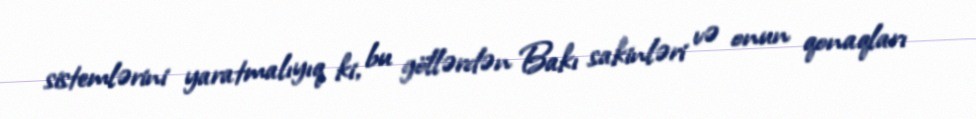
sistemlərini yaratmalıyıq ki, bu göllərdən Bakı sakinləri və onun qonaqları